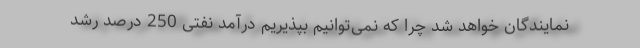
نمایندگان خواهد شد چرا که نمی‌توانیم بپذیریم درآمد نفتی 250 درصد رشد